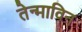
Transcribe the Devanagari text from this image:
तेन्माविन